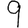
Digit: 9